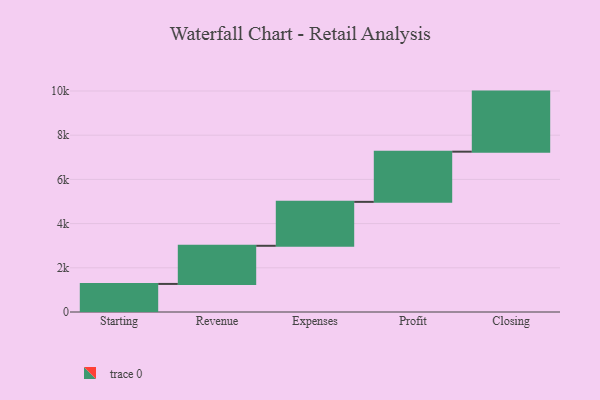
{"axis": {"x": "Step", "y": "Value"}, "legend": [""], "data": [{"x": "Starting", "y": 1270.0, "type": ""}, {"x": "Revenue", "y": 1726.0, "type": ""}, {"x": "Expenses", "y": 1988.0, "type": ""}, {"x": "Profit", "y": 2271.0, "type": ""}, {"x": "Closing", "y": 2718.0, "type": ""}]}